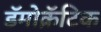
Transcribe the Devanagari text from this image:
डॅमोक्रॅटिक